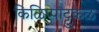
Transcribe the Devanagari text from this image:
किळिप्पाट्टुकळ